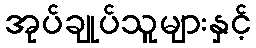
အုပ်ချုပ်သူများနှင့်